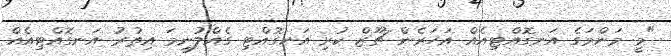
"މީ މަންމަގެ އަނގޮއްޓިއެއް އަހަރެން ޗޫޒް ކުރި އަނގޮއްޓި ގެއްލުނީމަ އިތުރު އަނގޮއްޓިއެއް